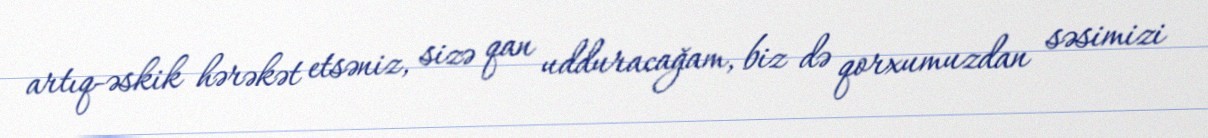
artıq-əskik hərəkət etsəniz, sizə qan udduracağam, biz də qorxumuzdan səsimizi